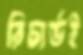
রিচার্ডই